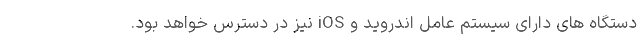
دستگاه های دارای سیستم عامل اندروید و iOS نیز در دسترس خواهد بود.